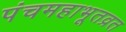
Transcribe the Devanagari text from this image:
पंचमहाभूतव्रत